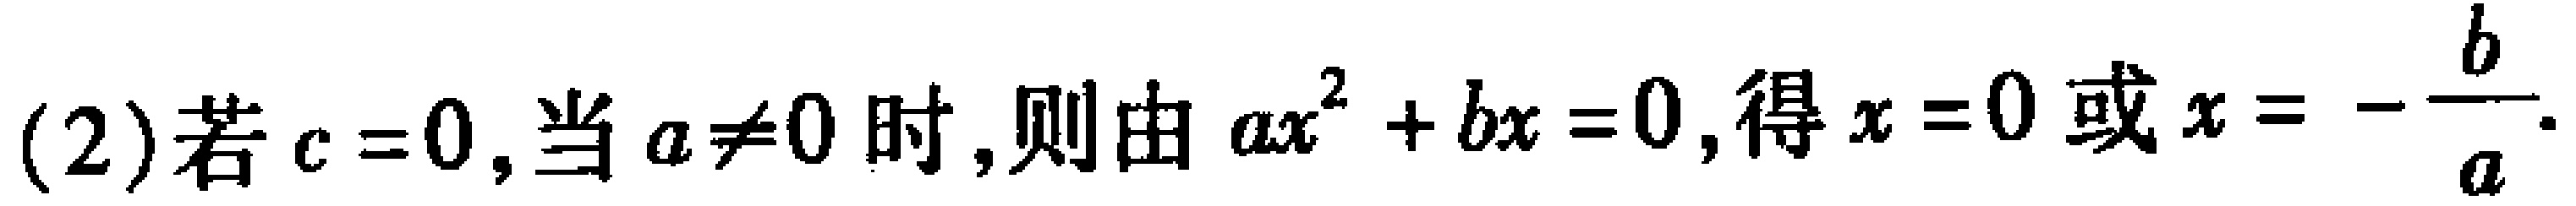
(2)若$c = 0$,当$a\neq0$时,则由$ax^{2}+bx = 0$,得$x = 0$或$x = -\dfrac{b}{a}$.